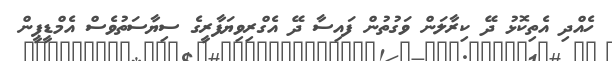
ހެއްދި އެތިކޮޅު ދޭ ކިރާލަން ވަގުތުން ފައިސާ ދޭ އެގްރިވިޔަފާރީގެ ސިޔާސަތުވެސް އެމްޑީޕީން